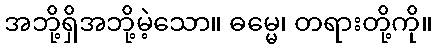
အဘို့ရှိအဘို့မဲ့သော။ ဓမ္မေ၊ တရားတို့ကို။